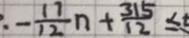
- \frac { 1 7 } { 1 2 } n + \frac { 3 1 5 } { 1 2 } \leq t